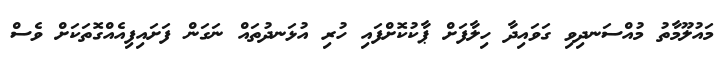
މައުލޫމާތު މުއްސަނދިވި ގަވައިދާ ހިލާފަށް ޕާކުކޮށްފައި ހުރި އުޅަނދުތައް ނަގަން ފަށައިފިއެއްގޮތަކަށް ވެސް